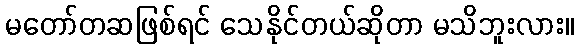
မတော်တဆဖြစ်ရင် သေနိုင်တယ်ဆိုတာ မသိဘူးလား။